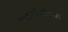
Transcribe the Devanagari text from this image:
पाइलोबोलस